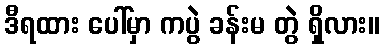
ဒီရထား ပေါ်မှာ ကပွဲ ခန်းမ တွဲ ရှိလား။